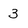
Character: 3